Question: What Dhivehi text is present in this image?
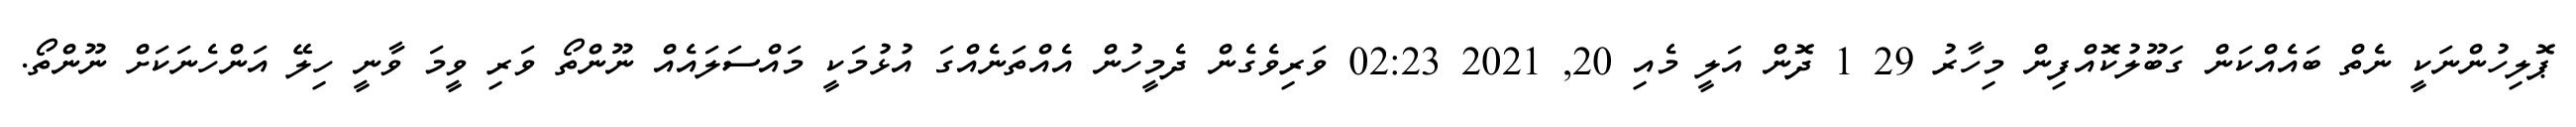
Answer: ޕޮލިހުންނަކީ ނެތް ބައެއްކަން ގަބޫލުކޮއްފިން މިހާރު 29 1 ދޮން އަލީ މެއި 20, 2021 02:23 ވަރިވެގެން ދެމީހުން އެއްތަނެއްގަ އުޅުމަކީ މައްސަލައެއް ނޫންތޯ ވަރި ވީމަ ވާނީ ހިލޭ އަންހެނަކަށް ނޫންތޯ.